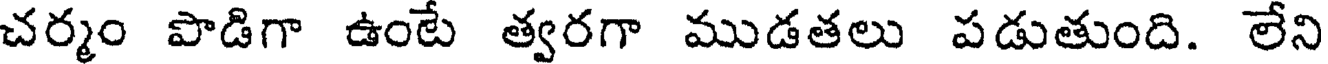
చర్మం పొడిగా ఉంటే త్వరగా ముడతలు పడుతుంది. లేని